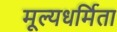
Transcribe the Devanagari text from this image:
मूल्यधर्मिता